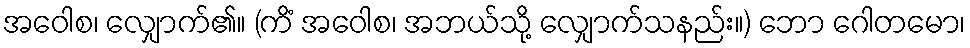
အဝေါစ၊ လျှောက်၏။ (ကိံ အဝေါစ၊ အဘယ်သို့ လျှောက်သနည်း။) ဘော ဂေါတမော၊